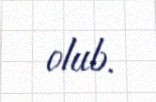
olub.